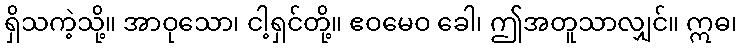
ရှိသကဲ့သို့။ အာဝုသော၊ ငါ့ရှင်တို့။ ဧဝမေဝ ခေါ၊ ဤအတူသာလျှင်။ ဣဓ၊